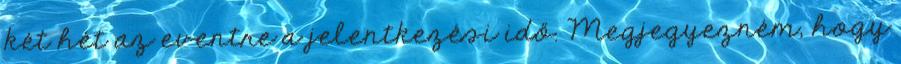
két hét az eventre a jelentkezési idő. Megjegyezném, hogy